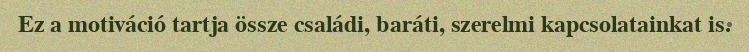
Ez a motiváció tartja össze családi, baráti, szerelmi kapcsolatainkat is.